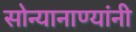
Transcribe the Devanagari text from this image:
सोन्यानाण्यांनी